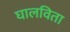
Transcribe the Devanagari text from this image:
घालविता